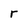
Character: r